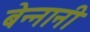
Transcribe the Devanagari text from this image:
बेन्नानी